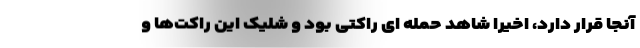
آنجا قرار دارد، اخیرا شاهد حمله ای راکتی بود و شلیک این راکت‌ها و